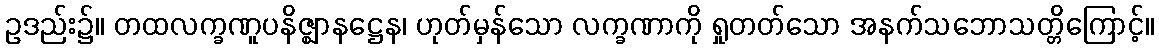
ဥဒည်း၌။ တထလက္ခဏူပနိဇ္ဈာနဋ္ဌေန၊ ဟုတ်မှန်သော လက္ခဏာကို ရှုတတ်သော အနက်သဘောသတ္တိကြောင့်။